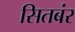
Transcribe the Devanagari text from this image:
सितबंर